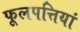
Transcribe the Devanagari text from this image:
फूलपत्तियां